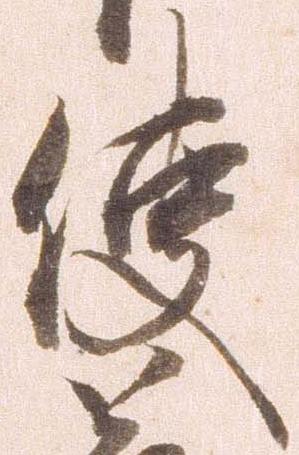
使